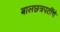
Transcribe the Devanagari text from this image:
बालछत्रपतींचे